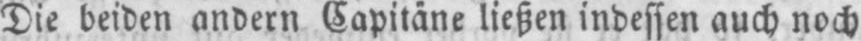
Die beiden andern Capitäne ließen indessen auch noch